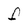
Character: f